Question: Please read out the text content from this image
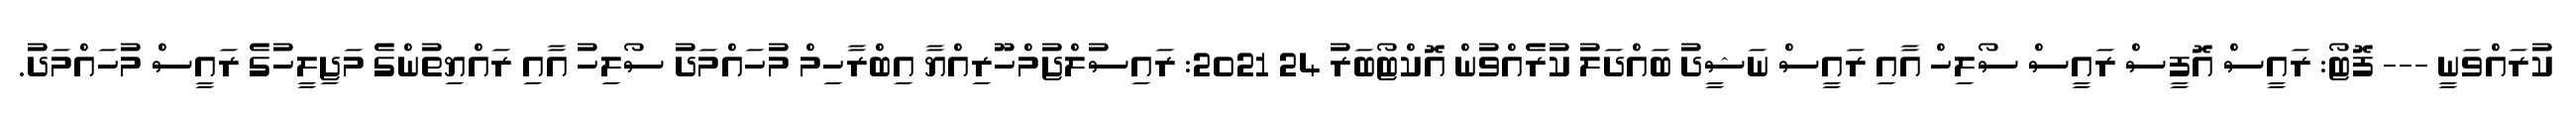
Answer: ކުރައްވަނީ --- ފޮޓޯ: ރައީސް އޮފީސް ރައީސް ސޯލިހް އާއި ރައީސް ނަޝީދު ބައްދަލު ކުރެއްވުން އޮކްޓޯބަރު 24 2021: ރައިސުލްޖުމްހޫރިއްޔާ އިބްރާހިމް މުހައްމަދު ސޯލިހު އާއި ރައްޔިތުންގެ މަޖިލީހުގެ ރައީސް މުހައްމަދު.